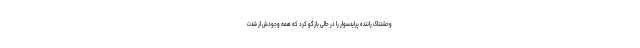
وحشتناک راننده پرایدسوار را در حالی بازگو کرد که همه وجودش از شدت